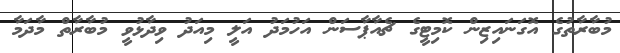
މުބާރާތުގެ އޮގަނައިޒިން ކޮމިޓީގެ ޗެއާޕާސަން އަހުމަދު އަލީ މިއަދު ވިދާޅުވީ މުބާރާތް މާދަމާ